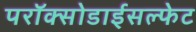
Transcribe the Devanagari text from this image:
परॉक्सोडाईसल्फेट